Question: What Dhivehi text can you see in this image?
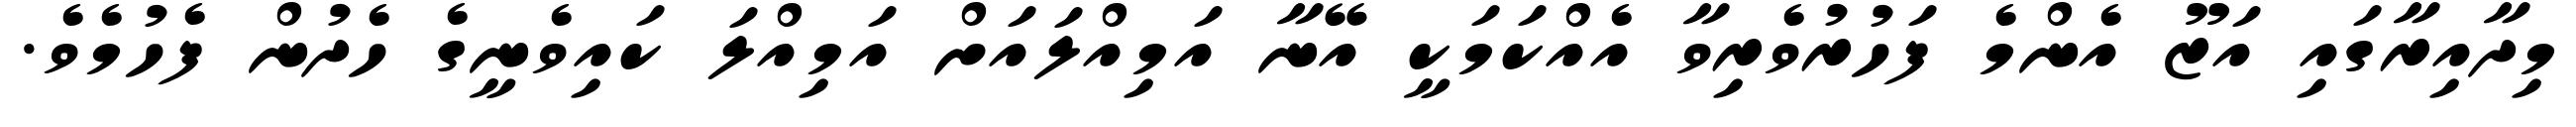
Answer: މިދާއިރާގައި އަޒޫ އެންމެ ފަހުރުވެރިވާ އެއްކަމަކީ އޭނާ އަމިއްލައަށް އަމިއްލަ ކައިވެނީގެ ހެދުން ފެހުމެވެ.